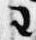
王